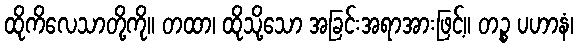
ထိုကိလေသာတို့ကို။ တထာ၊ ထိုသို့သော အခြင်းအရာအားဖြင့်။ တဉ္စ ပဟာနံ၊